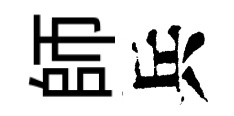
師兵